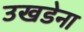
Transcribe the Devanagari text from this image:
उखडेना